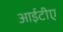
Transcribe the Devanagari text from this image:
आईटीए